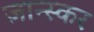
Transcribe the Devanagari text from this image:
ज़ान्स्कर